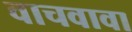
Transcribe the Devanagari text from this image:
वाचवावा